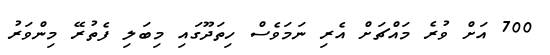
700 އަށް ވުރެ މައްޗަށް އެރި ނަމަވެސް ހިތަދޫގައި މިބަލި ފެތުރޭ މިންވަރު